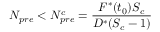
N _ { p r e } < N _ { p r e } ^ { c } = \frac { F ^ { * } ( t _ { 0 } ) S _ { c } } { D ^ { * } ( S _ { c } - 1 ) }